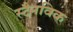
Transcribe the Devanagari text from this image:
स्टैनविक